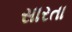
સારતા